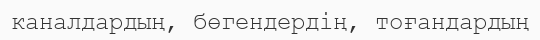
каналдардың, бөгендердің, тоғандардың